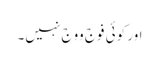
اور کوئی فوج ووج نہیں۔